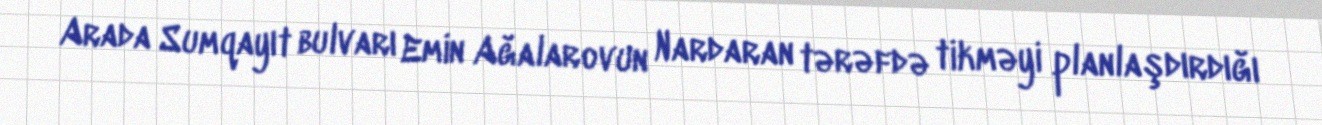
Arada Sumqayıt bulvarı Emin Ağalarovun Nardaran tərəfdə tikməyi planlaşdırdığı